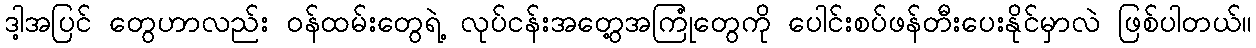
ဒါ့အပြင် တွေဟာလည်း ဝန်ထမ်းတွေရဲ့ လုပ်ငန်းအတွေ့အကြုံတွေကို ပေါင်းစပ်ဖန်တီးပေးနိုင်မှာလဲ ဖြစ်ပါတယ်။